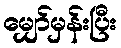
မျှော်မှန်းပြီး